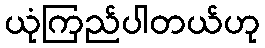
ယုံကြည်ပါတယ်ဟု